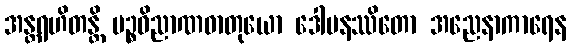
အန္တရဟိတန္တိ ပဉ္စဝိညာဏဓာတုယော ဒေါမနဿိတော အညေနာကာရေန